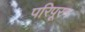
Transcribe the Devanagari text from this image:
परिपूरन